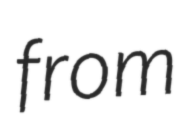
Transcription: from